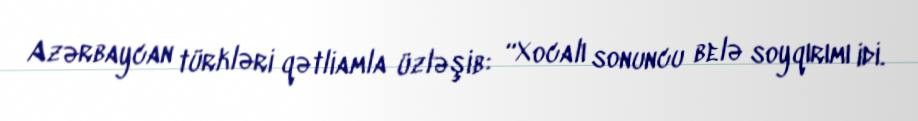
Azərbaycan türkləri qətliamla üzləşib: “Xocalı sonuncu belə soyqırımı idi.